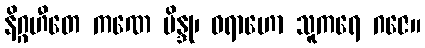
နိဂ္ဂဟီတေ ကဏေ ဗိန္ဒု၊ ဝရာဟော သူကရေ ဂဇေ။